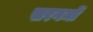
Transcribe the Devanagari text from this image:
सरगमों